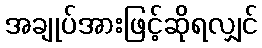
အချုပ်အားဖြင့်ဆိုရလျှင်